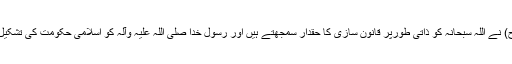
بانی اسلامی جمہوریہ ایران، امام خمینی(رح) نے اللہ سبحانہ کو ذاتی طورپر قانون سازی کا حقدار سمجھتے ہیں اور رسول خدا صلی اللہ علیہ وآلہ کو اسلامی حکومت کی تشکیل اور قانون الہی کا نافذ و علمبردار جانا ہے۔